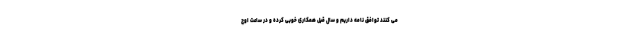
می کنند توافق نامه داریم و سال قبل همکاری خوبی کرده و در ساعت اوج